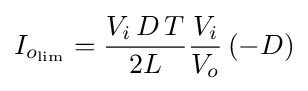
I_{o_{\text{lim}}}={\frac {V_{i}\,D\,T}{2L}}{\frac {V_{i}}{V_{o}}}\left(-D\right)